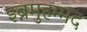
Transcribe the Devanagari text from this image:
इब्नमुहम्मद